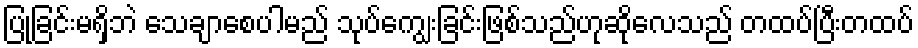
ပြုခြင်းမရှိဘဲ သေချာစေပါမည် သုပ်ကျွေးခြင်းဖြစ်သည်ဟုဆိုလေသည် တထပ်ပြီးတထပ်